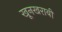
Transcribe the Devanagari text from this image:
खूनखराबी